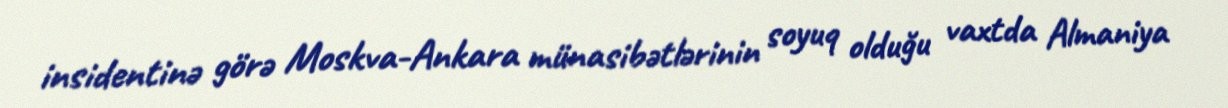
insidentinə görə Moskva-Ankara münasibətlərinin soyuq olduğu vaxtda Almaniya